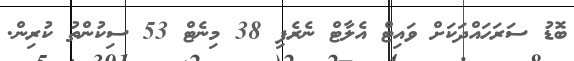
ބޮޑު ސަރަހައްދަކަށް ވައިޓް އެލާޓް ނެރެފި 38 މިނެޓް 53 ސިކުންތު ކުރިން.